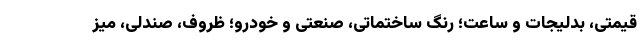
قیمتی، بدلیجات و ساعت؛ رنگ ساختماتی، صنعتی و خودرو؛ ظروف، صندلی، میز